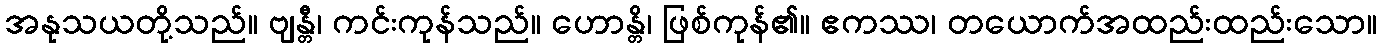
အနုသယတို့သည်။ ဗျန္တီ၊ ကင်းကုန်သည်။ ဟောန္တိ၊ ဖြစ်ကုန်၏။ ဧကဿ၊ တယောက်အထည်းထည်းသော။